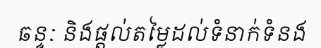
ឆន្ទៈ និងផ្តល់តម្លៃដល់ទំនាក់ទំនង